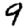
Digit: 9